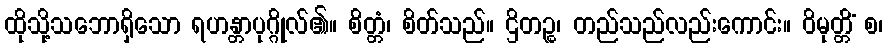
ထိုသို့သဘောရှိသော ရဟန္တာပုဂ္ဂိုလ်၏။ စိတ္တံ၊ စိတ်သည်။ ဌိတဉ္စ၊ တည်သည်လည်းကောင်း။ ဝိမုတ္တိံ စ၊